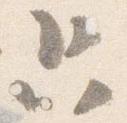
只